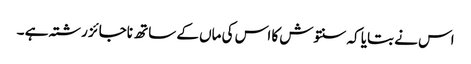
اس نے بتایا کہ سنتوش کا اس کی ماں کے ساتھ ناجائز رشتہ ہے ۔